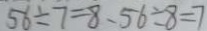
5 6 \div 7 = 8 . 5 6 \div 8 = 7